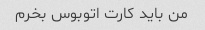
من باید کارت اتوبوس بخرم